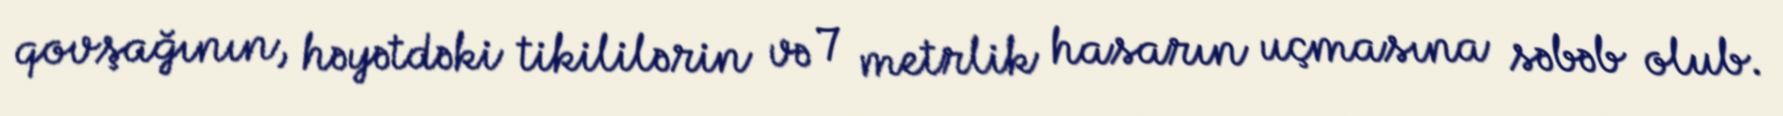
qovşağının, həyətdəki tikililərin və 7 metrlik hasarın uçmasına səbəb olub.